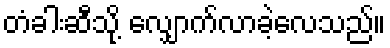
တံခါးဆီသို့ လျှောက်လာခဲ့လေသည်။